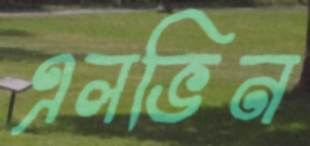
এলভিন